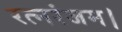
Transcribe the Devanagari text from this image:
रत्नरंजम।